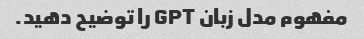
مفهوم مدل زبان GPT را توضیح دهید.